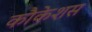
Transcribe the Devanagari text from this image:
कौकेशस